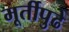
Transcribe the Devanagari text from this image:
मूर्तीपुढे